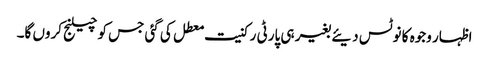
اظہار وجوہ کا نوٹس دیئے بغیر ہی پارٹی رکنیت معطل کی گئی جس کو چیلنج کروں گا۔